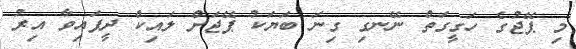
މި ޕޭޖުގެ ހަގީގަތް ނޭނގި ގިނަ ބަޔަކު ޕޭޖަށް ލައިކް ދީފައިވާ އިރު